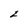
Character: 2